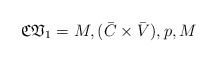
\begin{align*}\mathfrak{CV}_{1}=M,(\bar{C}\times\bar{V}),p,M\end{align*}